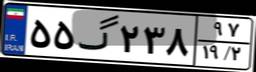
۴۸گ۵۹۶۷۸